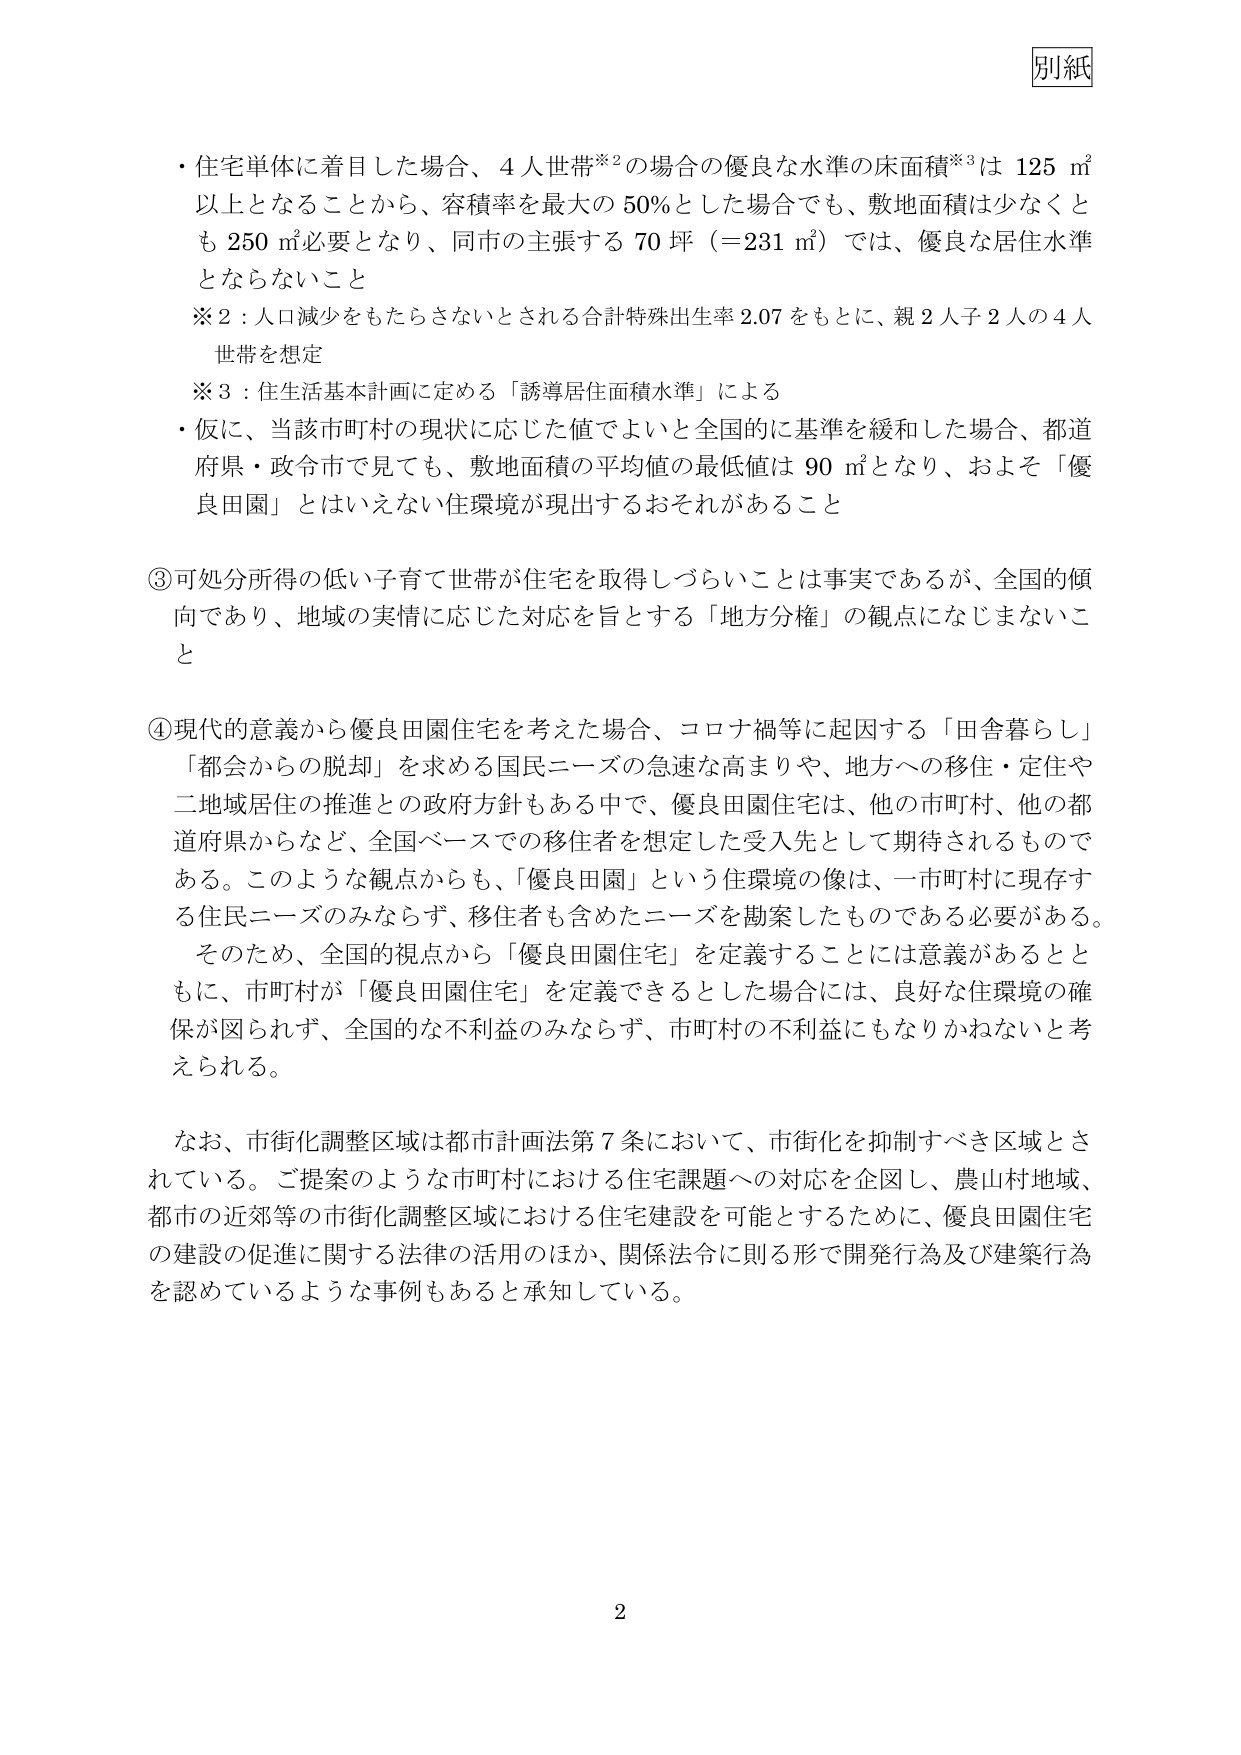
別紙

・住宅単体に着目した場合、4人世帯※2の場合の優良な水準の床面積※3は125㎡以上となることから、容積率を最大の50％とした場合でも、敷地面積は少なくとも250㎡必要となり、同市の主張する70坪（＝231㎡）では、優良な居住水準とならないこと

※2：人口減少をもたらさないとされる合計特殊出生率2.07をもとに、親2人子2人の4人世帯を想定

※3：住生活基本計画に定める「誘導居住面積水準」による

・仮に、当該市町村の現状に応じた値でよいと全国的に基準を緩和した場合、都道府県・政令市で見ても、敷地面積の平均値の最低値は90㎡となり、およそ「優良田園」とはいえない住環境が現出するおそれがあること

③可処分所得の低い子育て世帯が住宅を取得しづらいことは事実であるが、全国的傾向であり、地域の実情に応じた対応を旨とする「地方分権」の観点になじまないこと

④現代的意義から優良田園住宅を考えた場合、コロナ禍等に起因する「田舎暮らし」「都会からの脱却」を求める国民ニーズの急速な高まりや、地方への移住・定住や二地域居住の推進との政府方針もある中で、優良田園住宅は、他の市町村、他の都道府県からなど、全国ベースでの移住者を想定した受入先として期待されるものである。このような観点からも、「優良田園」という住環境の像は、一市町村に現存する住民ニーズのみならず、移住者も含めたニーズを勘案したものである必要がある。そのため、全国的視点から「優良田園住宅」を定義することには意義があるとともに、市町村が「優良田園住宅」を定義できるとした場合には、良好な住環境の確保が図られず、全国的な不利益のみならず、市町村の不利益にもなりかねないと考えられる。

なお、市街化調整区域は都市計画法第7条において、市街化を抑制すべき区域とされている。ご提案のような市町村における住宅課題への対応を企図し、農山村地域、都市の近郊等の市街化調整区域における住宅建設を可能とするために、優良田園住宅の建設の促進に関する法律の活用のほか、関係法令に則る形で開発行為及び建築行為を認めてい るような事例もあると承知している。

2